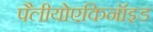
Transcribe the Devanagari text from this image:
पैलीयोएकिनॉइड